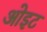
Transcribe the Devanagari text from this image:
ओइट